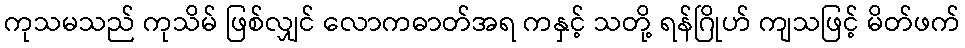
ကုသမသည် ကုသိမ် ဖြစ်လျှင် လောကဓာတ်အရ ကနှင့် သတို့ ရန်ဂြိုဟ် ကျသဖြင့် မိတ်ဖက်